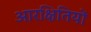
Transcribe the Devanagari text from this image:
आरक्षितियों